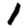
Digit: 1